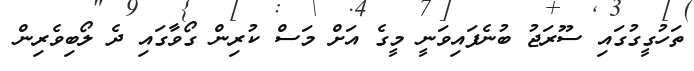
ތަހުގީގުގައި ސޫރަޖު ބުނެފައިވަނީ މީގެ އަށް މަސް ކުރިން ގޯވާގައި ދެ ލޯބިވެރިން